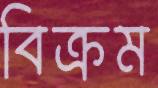
বিক্রম